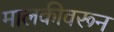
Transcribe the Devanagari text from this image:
मालकीवरून